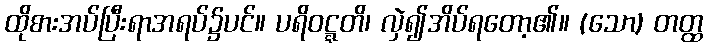
ထိုစားအပ်ပြီးရာအရပ်၌ပင်။ ပရိဝဋ္ဋတိ၊ လှဲ၍အိပ်ရတော့၏။ (သော) တတ္ထ